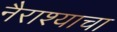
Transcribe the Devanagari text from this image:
नैराश्याचा